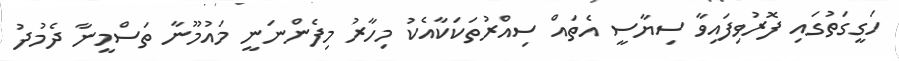
ހަގީގަތުގައި ފޮރުވިފައިވާ ސިޔާސީ އެތައް ސިއްރުތަކަކާއެކު މިހާރު މިފެންނަނީ މައުމޫނާ ތަސްމީނާ ދެމުދު